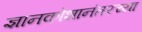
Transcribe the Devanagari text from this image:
ज्ञानकोशानंतरच्या